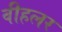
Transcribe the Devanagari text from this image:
वीहलर